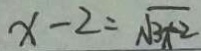
x - 2 = \sqrt { 3 + 2 }